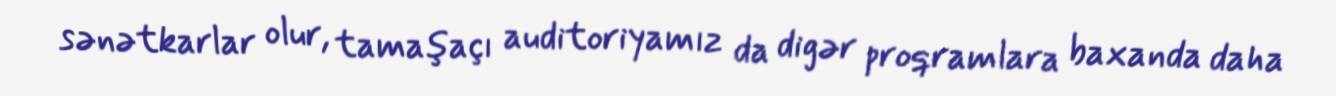
sənətkarlar olur, tamaşaçı auditoriyamız da digər proqramlara baxanda daha